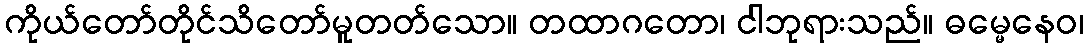
ကိုယ်တော်တိုင်သိတော်မူတတ်သော။ တထာဂတော၊ ငါဘုရားသည်။ ဓမ္မေနေဝ၊